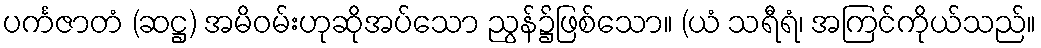
ပင်္ကဇာတံ (ဆဋ္ဌ) အမိဝမ်းဟုဆိုအပ်သော ညွန်၌ဖြစ်သော။ (ယံ သရီရံ၊ အကြင်ကိုယ်သည်။